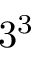
3 ^ { 3 }